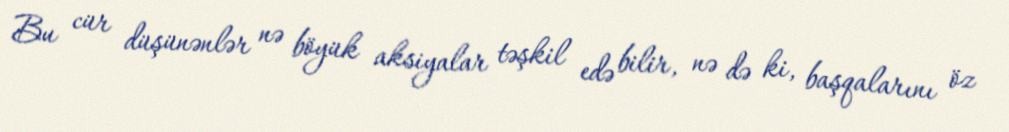
Bu cür düşünənlər nə böyük aksiyalar təşkil edə bilir, nə də ki, başqalarını öz